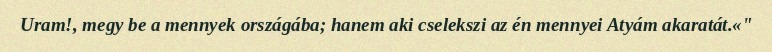
Uram!, megy be a mennyek országába; hanem aki cselekszi az én mennyei Atyám akaratát.«"